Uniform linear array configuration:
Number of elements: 48
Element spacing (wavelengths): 0.25
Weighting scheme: cosine
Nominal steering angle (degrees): -45
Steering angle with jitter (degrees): -46.582
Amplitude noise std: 0.05
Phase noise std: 0.05

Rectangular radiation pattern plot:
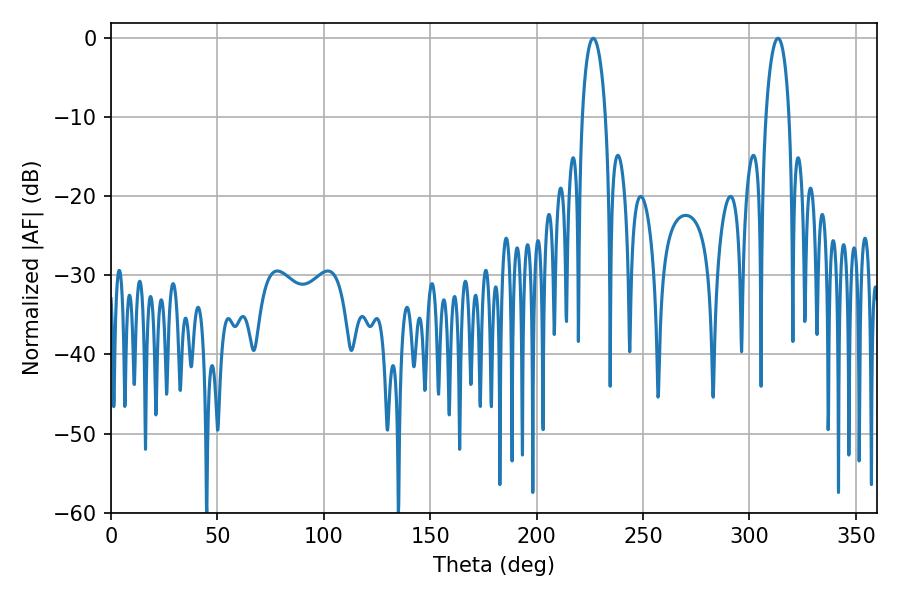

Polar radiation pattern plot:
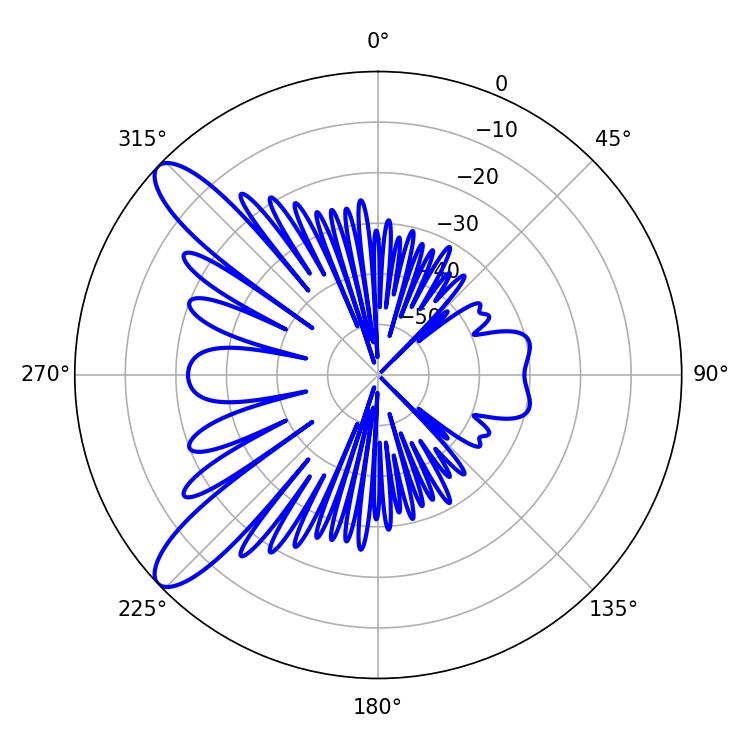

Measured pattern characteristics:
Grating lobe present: FALSE
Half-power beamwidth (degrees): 6.3
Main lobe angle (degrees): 226.62